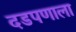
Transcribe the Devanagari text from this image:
दडपणाला